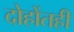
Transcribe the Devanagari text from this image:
दोहोंतही